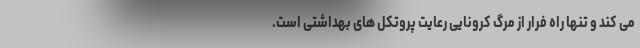
می کند و تنها راه فرار از مرگ کرونایی رعایت پروتکل های بهداشتی است.